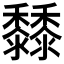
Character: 𪐐